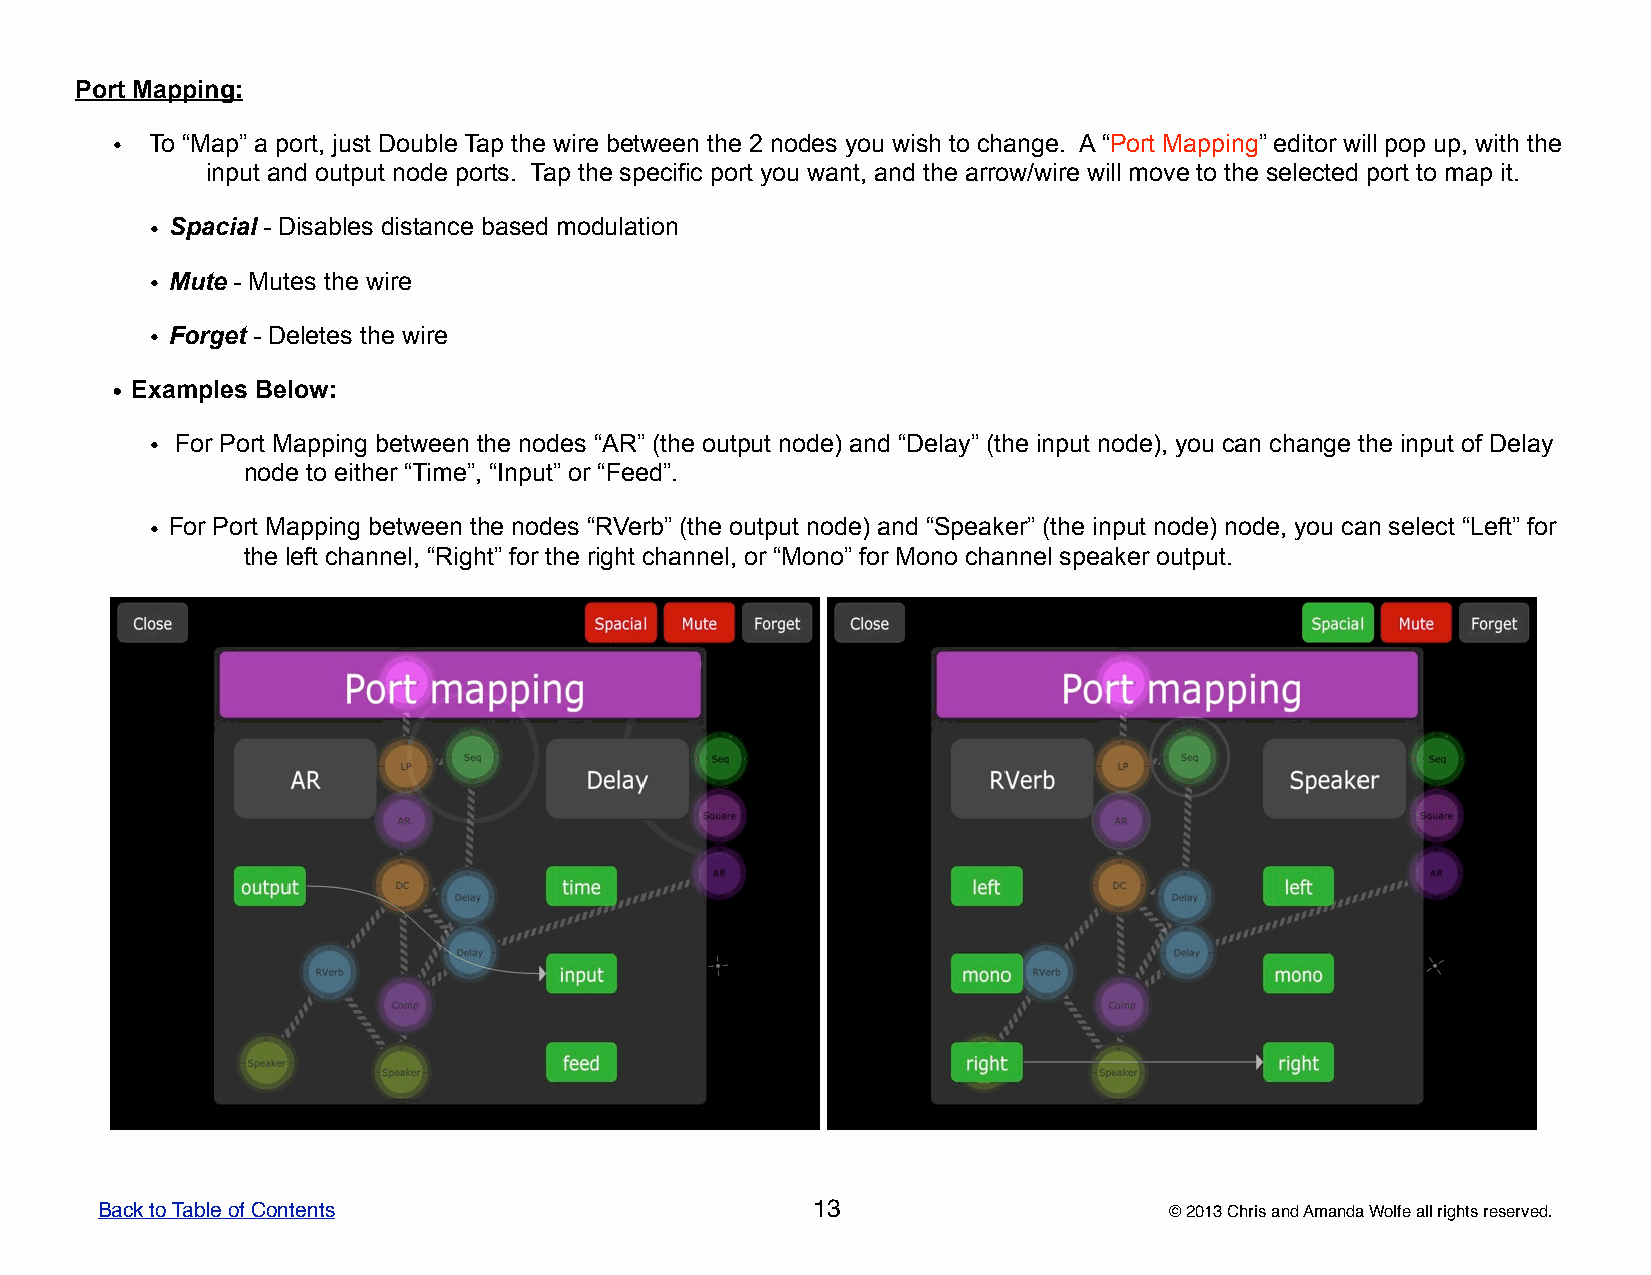
Port Mapping:
 •  To “Map” a port, just Double Tap the wire between the 2 nodes you wish to change. A “Port Mapping” editor will pop up, with the
 input and output node ports. Tap the specific port you want, and the arrow/wire will move to the selected port to map it.
 • Spacial - Disables distance based modulation
 • Mute - Mutes the wire
 • Forget - Deletes the wire
 • Examples Below:
 • For Port Mapping between the nodes “AR” (the output node) and “Delay” (the input node), you can change the input of Delay
 node to either “Time”, “Input” or “Feed”.
 • For Port Mapping between the nodes “RVerb” (the output node) and “Speaker” (the input node) node, you can select “Left” for
 the left channel, “Right” for the right channel, or “Mono” for Mono channel speaker output.
 Back to Table of Contents                       13                     © 2013 Chris and Amanda Wolfe all rights reserved.